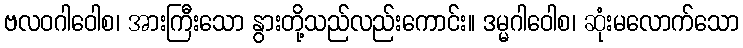
ဗလဝဂါဝေါစ၊ အားကြီးသော နွားတို့သည်လည်းကောင်း။ ဒမ္မဂါဝေါစ၊ ဆုံးမလောက်သော